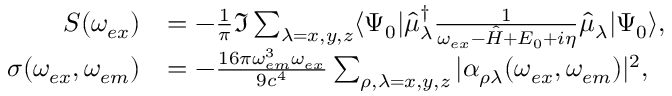
\begin{array} { r l } { S ( \omega _ { e x } ) } & { = - \frac { 1 } { \pi } \Im \sum _ { \lambda = x , y , z } \langle \Psi _ { 0 } | \hat { \mu } _ { \lambda } ^ { \dagger } \frac { 1 } { \omega _ { e x } - \hat { H } + E _ { 0 } + i \eta } \hat { \mu } _ { \lambda } | \Psi _ { 0 } \rangle , } \\ { \sigma ( \omega _ { e x } , \omega _ { e m } ) } & { = - \frac { 1 6 \pi \omega _ { e m } ^ { 3 } \omega _ { e x } } { 9 c ^ { 4 } } \sum _ { \rho , \lambda = x , y , z } | \alpha _ { \rho \lambda } ( \omega _ { e x } , \omega _ { e m } ) | ^ { 2 } , } \end{array}